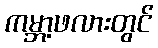
ကမ္ဘာ့ဖလားတွင်